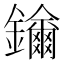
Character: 𨯡